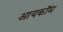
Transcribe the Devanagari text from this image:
आयकॉम